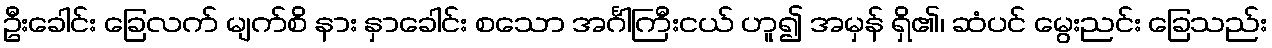
ဦးခေါင်း ခြေလက် မျက်စိ နား နှာခေါင်း စသော အင်္ဂါကြီးငယ် ဟူ၍ အမှန် ရှိ၏၊ ဆံပင် မွေးညင်း ခြေသည်း